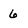
Character: 6